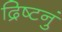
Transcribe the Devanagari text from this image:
द्रिष्टनुं